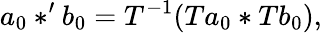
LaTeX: a_{0}*^{\prime}b_{0}=T^{-1}(Ta_{0}*Tb_{0}),